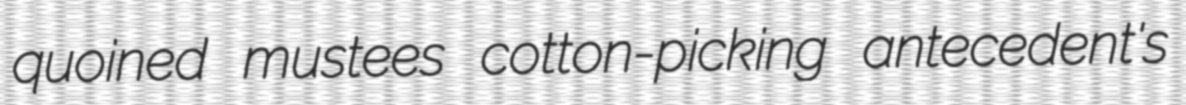
quoined mustees cotton-picking antecedent's